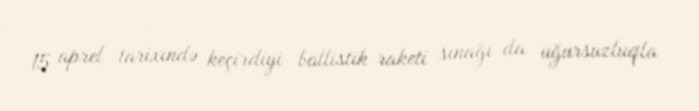
15 aprel tarixində keçirdiyi ballistik raketi sınağı da uğursuzluqla